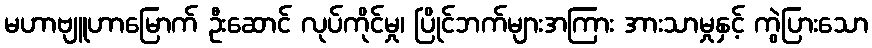
မဟာဗျူဟာမြောက် ဦးဆောင် လုပ်ကိုင်မှု၊ ပြိုင်ဘက်များအကြား အားသာမှုနှင့် ကွဲပြားသော